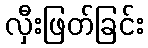
လှီးဖြတ်ခြင်း